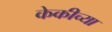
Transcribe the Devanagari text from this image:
केकीच्या